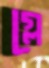
গ্লে